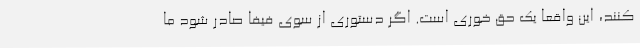
کنند،‌ این واقعا یک حق خوری است. اگر دستوری از سوی فیفا صادر شود ما